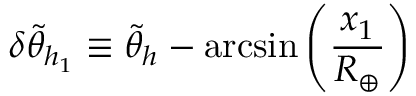
\delta \tilde { \theta } _ { h _ { 1 } } \equiv \tilde { \theta } _ { h } - \arcsin { \left( { \frac { x _ { 1 } } { R _ { \oplus } } } \right) }